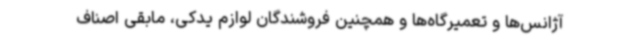
آژانس‌ها و تعمیرگاه‌ها و همچنین فروشندگان لوازم یدکی، مابقی اصناف